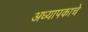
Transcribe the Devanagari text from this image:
अध्यापकाचे